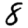
Digit: 8